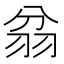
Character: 𦐈